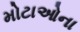
મોટાઓના